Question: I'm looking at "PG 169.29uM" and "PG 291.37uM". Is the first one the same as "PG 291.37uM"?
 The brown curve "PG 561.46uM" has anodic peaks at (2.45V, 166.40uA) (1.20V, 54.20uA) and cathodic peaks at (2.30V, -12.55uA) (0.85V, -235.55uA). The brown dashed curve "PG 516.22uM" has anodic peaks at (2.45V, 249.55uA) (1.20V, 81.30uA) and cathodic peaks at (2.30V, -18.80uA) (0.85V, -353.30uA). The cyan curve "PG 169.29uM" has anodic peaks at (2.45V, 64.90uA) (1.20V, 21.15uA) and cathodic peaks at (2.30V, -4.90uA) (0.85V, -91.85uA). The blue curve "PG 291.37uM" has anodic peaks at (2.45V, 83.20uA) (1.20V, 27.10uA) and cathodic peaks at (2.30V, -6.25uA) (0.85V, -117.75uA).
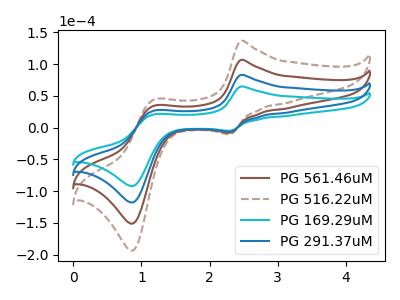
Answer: <think>All the peaks in "PG 169.29uM" have a peak in "PG 291.37uM" at the same potential. Every peak in "PG 169.29uM" is lower than every peak in "PG 291.37uM".
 </think>
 <answer>"PG 169.29uM" and "PG 291.37uM" are similar in shape.</answer>
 <eval>same_shape</eval>